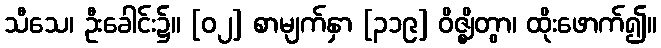
သီသေ၊ ဦးခေါင်း၌။ [၀၂] စာမျက်နှာ [၃၁၉] ဝိဇ္ဈိတွာ၊ ထိုးဖောက်၍။